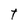
Character: t